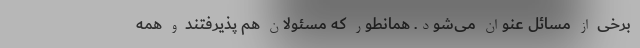
برخی از مسائل عنوان می‌شود. همانطور که مسئولان هم پذیرفتند و همه